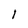
Character: l